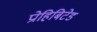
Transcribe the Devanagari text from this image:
प्रोहिबिटेड